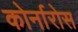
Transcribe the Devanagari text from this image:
कोर्नारोस